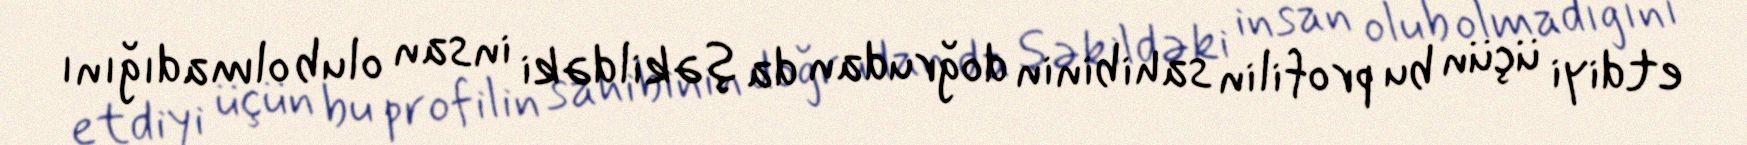
etdiyi üçün bu profilin sahibinin doğrudan da şəkildəki insan olub olmadığını